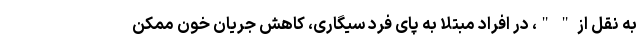
به نقل از " "، در افراد مبتلا به پای فرد سیگاری، کاهش جریان خون ممکن